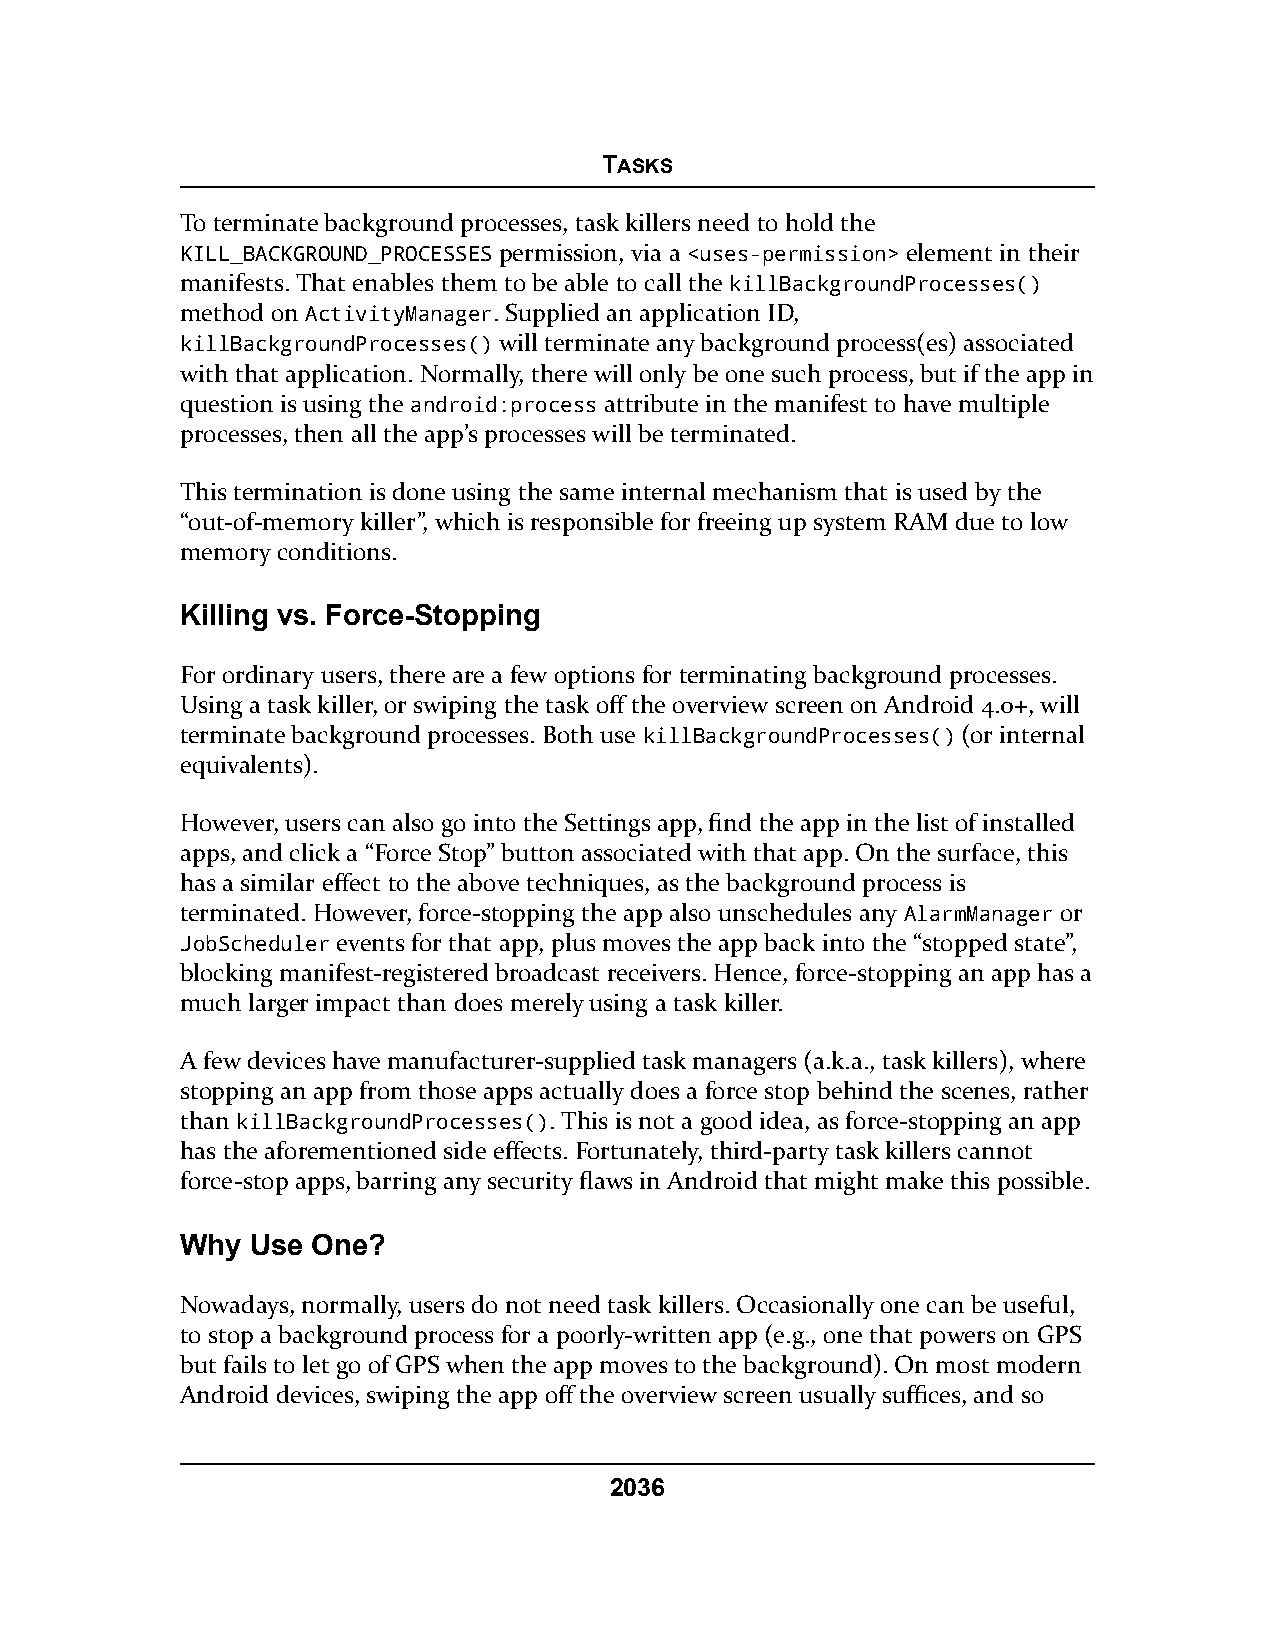
TASKS
 To terminate background processes, task killers need to hold the
 KILL_BACKGROUND_PROCESSES permission, via a <uses-permission> element in their
 manifests. That enables them to be able to call the killBackgroundProcesses()
 method on ActivityManager. Supplied an application ID,
 killBackgroundProcesses() will terminate any background process(es) associated
 with that application. Normally, there will only be one such process, but if the app in
 question is using the android:process attribute in the manifest to have multiple
 processes, then all the app’s processes will be terminated.
 This termination is done using the same internal mechanism that is used by the
 “out-of-memory killer”, which is responsible for freeing up system RAM due to low
 memory conditions.
 Killing vs. Force-Stopping
 For ordinary users, there are a few options for terminating background processes.
 Using a task killer, or swiping the task off the overview screen on Android 4.0+, will
 terminate background processes. Both use killBackgroundProcesses() (or internal
 equivalents).
 However, users can also go into the Settings app, find the app in the list of installed
 apps, and click a “Force Stop” button associated with that app. On the surface, this
 has a similar effect to the above techniques, as the background process is
 terminated. However, force-stopping the app also unschedules any AlarmManager or
 JobScheduler events for that app, plus moves the app back into the “stopped state”,
 blocking manifest-registered broadcast receivers. Hence, force-stopping an app has a
 much larger impact than does merely using a task killer.
 A few devices have manufacturer-supplied task managers (a.k.a., task killers), where
 stopping an app from those apps actually does a force stop behind the scenes, rather
 than killBackgroundProcesses(). This is not a good idea, as force-stopping an app
 has the aforementioned side effects. Fortunately, third-party task killers cannot
 force-stop apps, barring any security flaws in Android that might make this possible.
 Why  Use One?
 Nowadays, normally, users do not need task killers. Occasionally one can be useful,
 to stop a background process for a poorly-written app (e.g., one that powers on GPS
 but fails to let go of GPS when the app moves to the background). On most modern
 Android devices, swiping the app off the overview screen usually suffices, and so
 2036